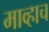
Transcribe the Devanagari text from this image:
माव्हाच